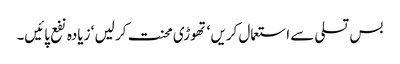
بس تسلی سے استعمال کریں ‘ تھوڑی محنت کر لیں ‘ زیادہ نفع پائیں۔